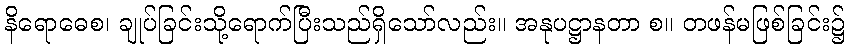
နိရောဓေစ၊ ချုပ်ခြင်းသို့ရောက်ပြီးသည်ရှိသော်လည်း။ အနုပဋ္ဌာနတာ စ။ တဖန်မဖြစ်ခြင်း၌